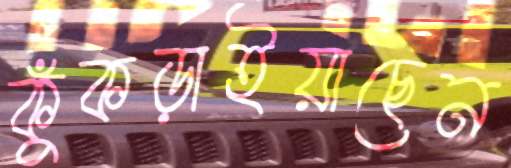
কুঁকড়াইয়াছেন